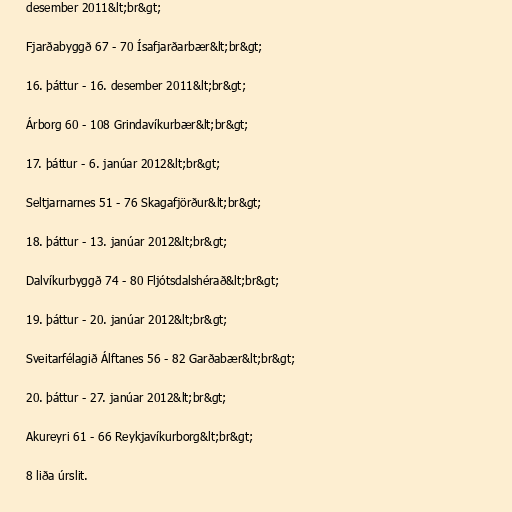
desember 2011&lt;br&gt;

Fjarðabyggð 67 - 70 Ísafjarðarbær&lt;br&gt;

16. þáttur - 16. desember 2011&lt;br&gt;

Árborg 60 - 108 Grindavíkurbær&lt;br&gt;

17. þáttur - 6. janúar 2012&lt;br&gt;

Seltjarnarnes 51 - 76 Skagafjörður&lt;br&gt;

18. þáttur - 13. janúar 2012&lt;br&gt;

Dalvíkurbyggð 74 - 80 Fljótsdalshérað&lt;br&gt;

19. þáttur - 20. janúar 2012&lt;br&gt;

Sveitarfélagið Álftanes 56 - 82 Garðabær&lt;br&gt;

20. þáttur - 27. janúar 2012&lt;br&gt;

Akureyri 61 - 66 Reykjavíkurborg&lt;br&gt;

8 liða úrslit.